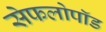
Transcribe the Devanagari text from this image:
सेफलोपॉड